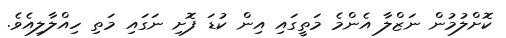
ކޮށްލުމުން ނަޒްލާ އެންމެ މަތީގައި އިން ކުޑަ ފޮށި ނަގައި މަތި ހިއްލާލިއެވެ.